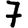
Digit: 7